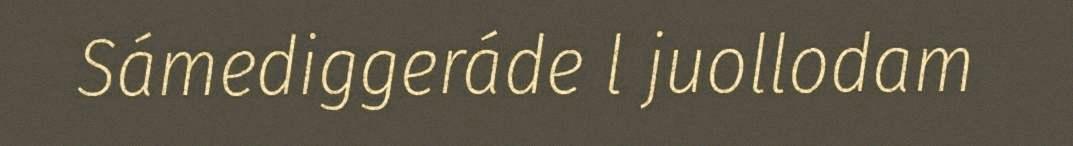
Sámediggeráde l juollodam